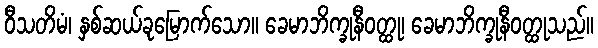
ဝီသတိမံ၊ နှစ်ဆယ်ခုမြောက်သော။ ခေမာဘိက္ခုနီဝတ္ထု၊ ခေမာဘိက္ခုနီဝတ္ထုသည်။